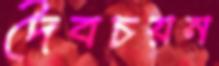
দৈবচয়ন